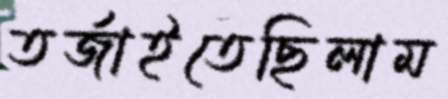
তর্জাইতেছিলাম